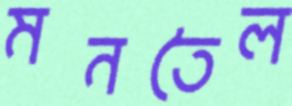
মনতৈল